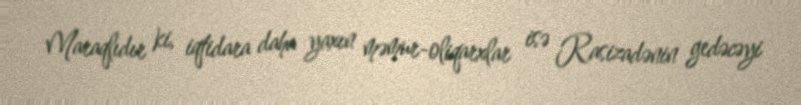
Maraqlıdır ki, iqtidara daha yaxın məmur-oliqarxlar isə Rasizadənin gedəcəyi